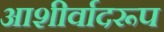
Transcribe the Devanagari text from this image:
आशीर्वादरूप